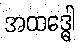
အထဒ္ဓေါ